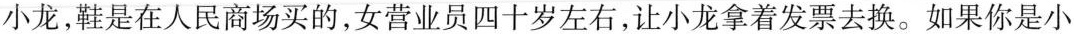
小龙，鞋是在人民商场买的，女营业员四十岁左右，让小龙拿着发票去换。如果你是小